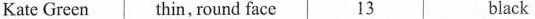
Kate Green thin, round face 13 black